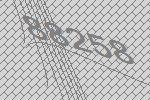
88258